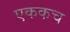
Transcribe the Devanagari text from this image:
एककच